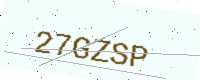
Text: 27GZSP